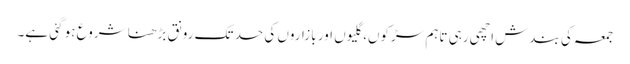
جمعہ کی بندش اچھی رہی تاہم سڑکوں، گلیوں اور بازاروں کی حد تک رونق بڑھنا شروع ہو گئی ہے۔